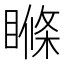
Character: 𥉉